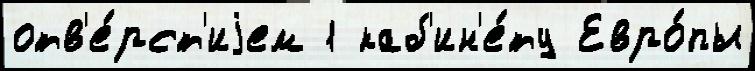
отв'е́рст'иjем 1 каб'ин'е́ту Евро́пы